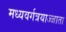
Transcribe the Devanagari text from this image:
मध्यवर्गत्रयाज्जाता